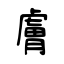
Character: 膚